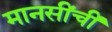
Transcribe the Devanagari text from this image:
मानसींचीं